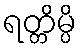
ရတ္တိမ္ပိ